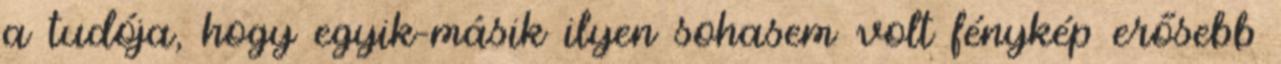
a tudója, hogy egyik-másik ilyen sohasem volt fénykép erősebb